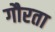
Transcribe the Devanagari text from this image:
गौरता